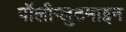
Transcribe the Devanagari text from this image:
पॉलीग्लुटमाइन